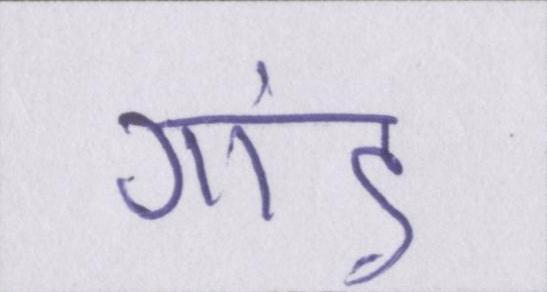
गांड़